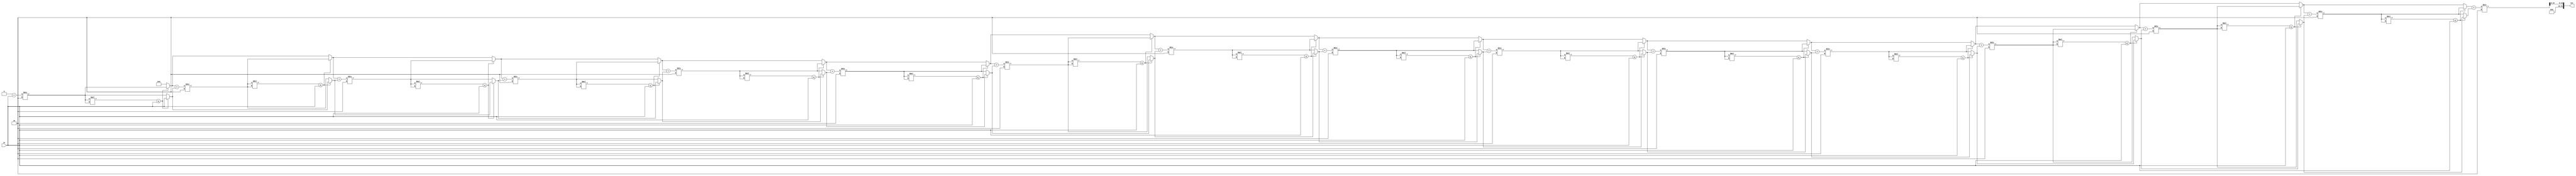
module sqrt(input [31:0] in, output [31:0] out);

reg [31:0] i, m, l, r;

assign out = m[15:0];

always @(*) begin
  l = 0;
  r = in;
  for (i = 0; i < 16; i = i + 1) begin
    m = (l + r) / 2;
    if (m * m <= in) begin
      l = m;
    end else begin
      r = m;
    end
  end
end

endmodule